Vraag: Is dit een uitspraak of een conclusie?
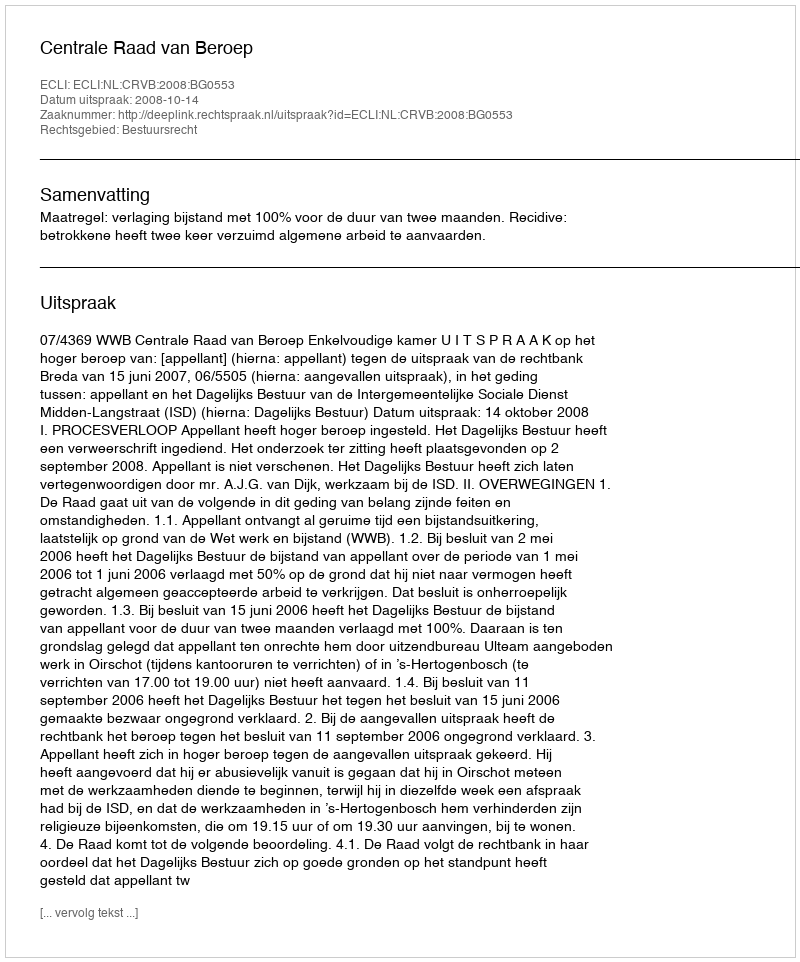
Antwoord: Uitspraak